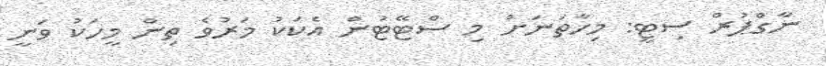
ނާގްޕުރް ސިޓީ: މިހާތަނަށް މި ސްޓޭޓުން އެކަކު މަރުވެ ތިން މީހަކު ވަނީ